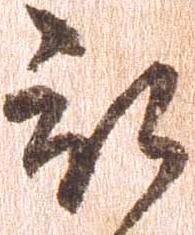
被